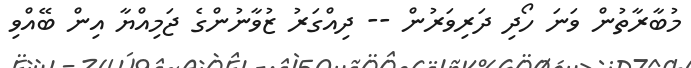
މުބާރާތުން ވަނަ ހޯދި ދަރިވަރުން -- ދިއްގަރު ޒުވާނުންގެ ޖަމިއްޔާ އިން ބޭއްވި